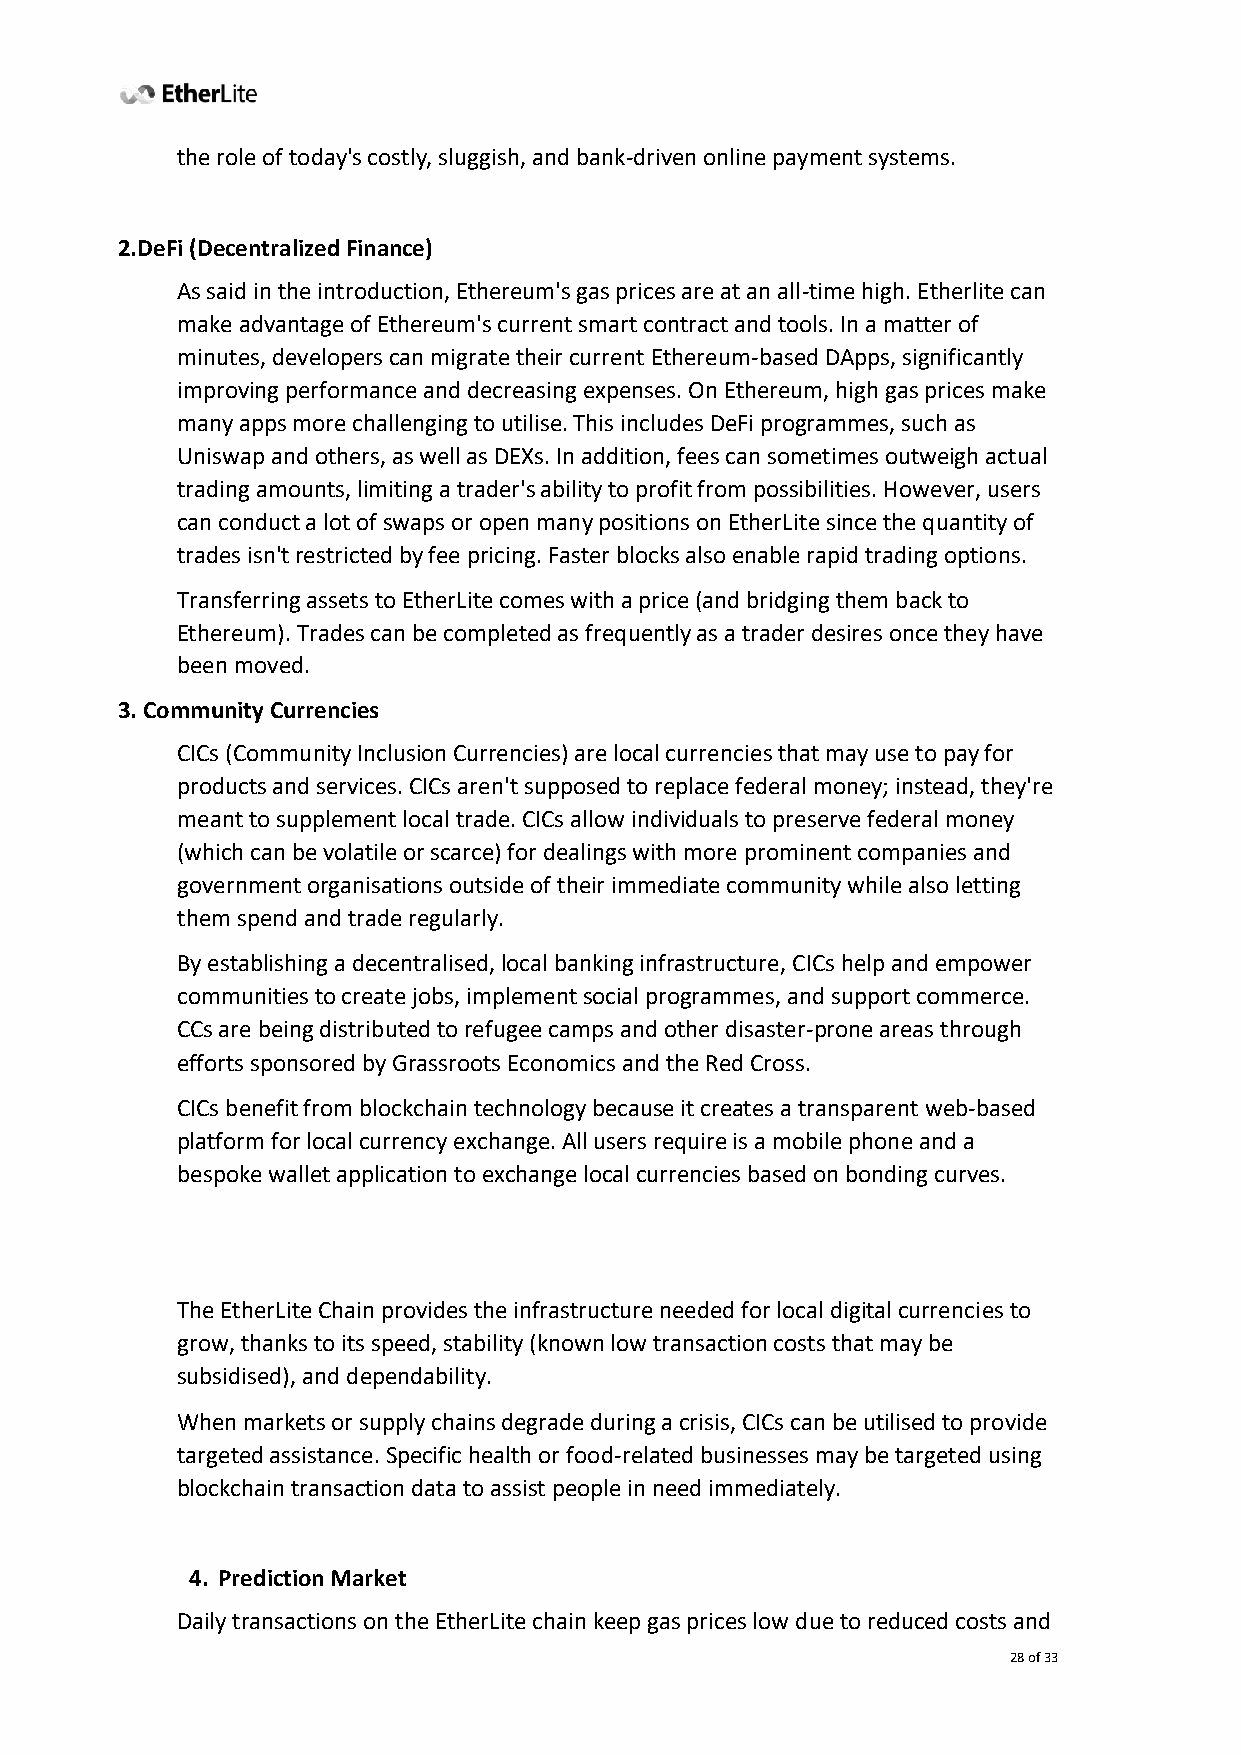
the role of today's costly, sluggish, and bank-driven online payment systems.
 2.DeFi (Decentralized Finance)
 As said in the introduction, Ethereum's gas prices are at an all-time high. Etherlite can
 make advantage of Ethereum's current smart contract and tools. In a matter of
 minutes, developers can migrate their current Ethereum-based DApps, significantly
 improving performance and decreasing expenses. On Ethereum, high gas prices make
 many apps more challenging to utilise. This includes DeFi programmes, such as
 Uniswap and others, as well as DEXs. In addition, fees can sometimes outweigh actual
 trading amounts, limiting a trader's ability to profit from possibilities. However, users
 can conduct a lot of swaps or open many positions on EtherLite since the quantity of
 trades isn't restricted by fee pricing. Faster blocks also enable rapid trading options.
 Transferring assets to EtherLite comes with a price (and bridging them back to
 Ethereum). Trades can be completed as frequently as a trader desires once they have
 been moved.
 3. Community Currencies
 CICs (Community Inclusion Currencies) are local currencies that may use to pay for
 products and services. CICs aren't supposed to replace federal money; instead, they're
 meant to supplement local trade. CICs allow individuals to preserve federal money
 (which can be volatile or scarce) for dealings with more prominent companies and
 government organisations outside of their immediate community while also letting
 them spend and trade regularly.
 By establishing a decentralised, local banking infrastructure, CICs help and empower
 communities to create jobs, implement social programmes, and support commerce.
 CCs are being distributed to refugee camps and other disaster-prone areas through
 efforts sponsored by Grassroots Economics and the Red Cross.
 CICs benefit from blockchain technology because it creates a transparent web-based
 platform for local currency exchange. All users require is a mobile phone and a
 bespoke wallet application to exchange local currencies based on bonding curves.
 The EtherLite Chain provides the infrastructure needed for local digital currencies to
 grow, thanks to its speed, stability (known low transaction costs that may be
 subsidised), and dependability.
 When markets or supply chains degrade during a crisis, CICs can be utilised to provide
 targeted assistance. Specific health or food-related businesses may be targeted using
 blockchain transaction data to assist people in need immediately.
 4. Prediction Market
 Daily transactions on the EtherLite chain keep gas prices low due to reduced costs and
 28 of 33